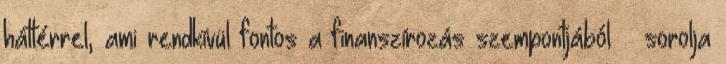
háttérrel, ami rendkívül fontos a finanszírozás szempontjából – sorolja